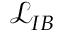
\mathcal { L } _ { I B }